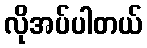
လိုအပ်ပါတယ်